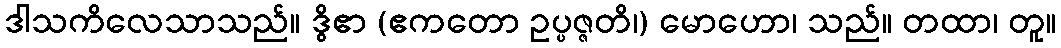
ဒါသကိလေသာသည်။ ဒွိဧာ (ဧကတော ဥပ္ပဇ္ဇတိ၊) မောဟော၊ သည်။ တထာ၊ တူ။